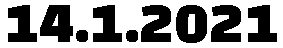
14.1.2021